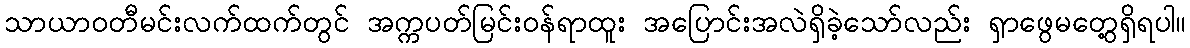
သာယာဝတီမင်းလက်ထက်တွင် အက္ကပတ်မြင်းဝန်ရာထူး အပြောင်းအလဲရှိခဲ့သော်လည်း ရှာဖွေမတွေ့ရှိရပါ။